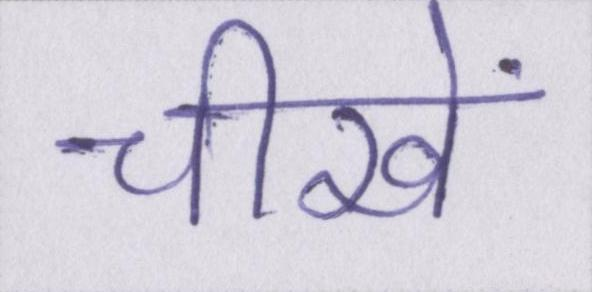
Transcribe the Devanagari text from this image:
चीखें